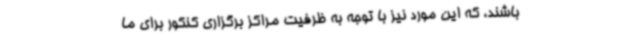
باشند، که این مورد نیز با توجه به ظرفیت مراکز برگزاری کنکور برای ما